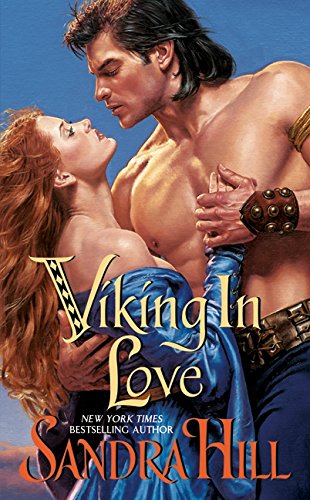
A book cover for Viking in Love; Sandra Hill; Romance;